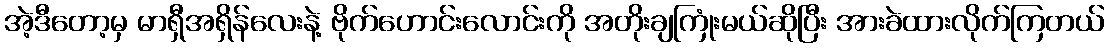
အဲ့ဒီတော့မှ မာရှီအရှိန်လေးနဲ့ ဗိုက်ဟောင်းလောင်းကို အတိုးချကြုံးမယ်ဆိုပြီး အားခဲထားလိုက်ကြတယ်